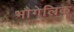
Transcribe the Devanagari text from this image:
भौगेलिक